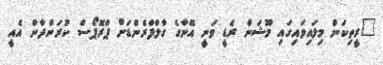
"ރީތިކަން މިލައިވައިގައި މޫޝަން ރެޑީ ވަނީ އޭނާގެ ގާލްފްރެންޑަށް ޕްރޮޕޯސް ކުރަންދާން އެއީ